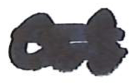
Text: as
Cross-out: mix
Writing tool: marker